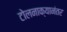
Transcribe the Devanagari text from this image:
टोलनाक्यानंतर